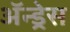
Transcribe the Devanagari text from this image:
ॲन्ड्रेस